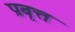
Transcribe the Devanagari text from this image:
प्रबृत्त